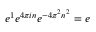
e ^ { 1 } e ^ { 4 \pi i n } e ^ { - 4 \pi ^ { 2 } n ^ { 2 } } = e \qquad